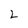
Character: 2